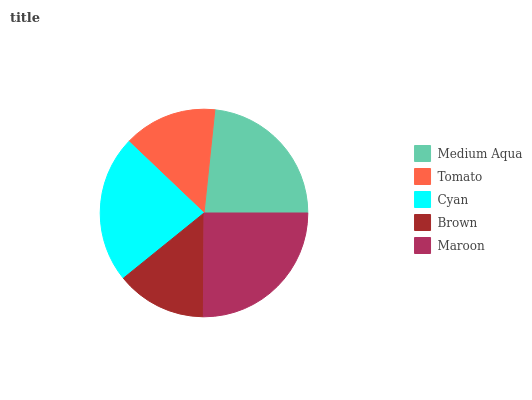
| Medium Aqua | Tomato | Cyan | Brown | Maroon |
 | --- | --- | --- | --- | --- |
 | 23.4% | 14.5% | 22.9% | 14.1% | 25.1% |